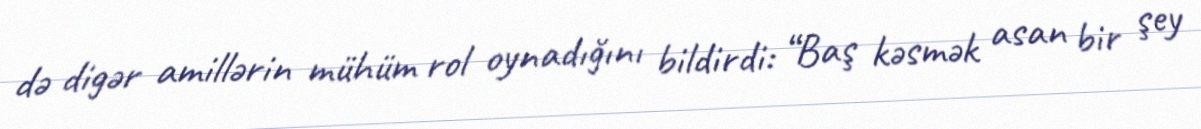
də digər amillərin mühüm rol oynadığını bildirdi: “Baş kəsmək asan bir şey